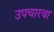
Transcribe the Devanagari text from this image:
उपचारचा